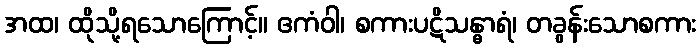
အထ၊ ထိုသို့ရသောကြောင့်။ ဧကံဝါ၊ စကားပဋိသန္ဓာရံ၊ တခွန်းသောစကား